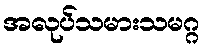
အလုပ်သမားသမဂ္ဂ